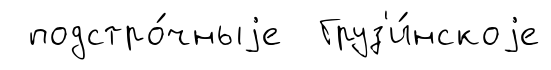
подстро́чныjе Груз'и́нскоjе